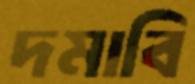
দমাবি